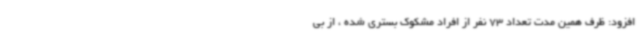
افزود: ظرف همین مدت تعداد 73 نفر از افراد مشکوک بستری شده ، از بی